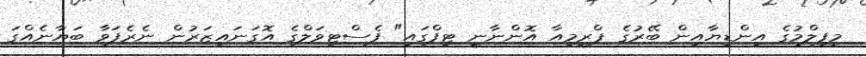
މިފިލްމުގެ އިންޑިޔާއިން ބޭރުގެ ޕްރީމިއާ އޮންނާނީ ޓިފްގައި" ފެސްޓިވަލްގެ އޮގަނައިޒަރުން ނެރެފަވާ ބަޔާނެއްގަ